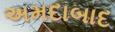
અમદાબાદ